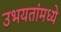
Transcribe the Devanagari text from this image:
उभयतांमध्ये